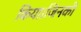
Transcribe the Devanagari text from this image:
किया।जिनकी